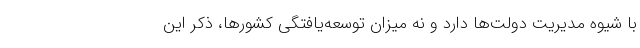
با شیوه مدیریت دولت‌ها دارد و نه میزان توسعه‌یافتگی کشورها، ذکر این